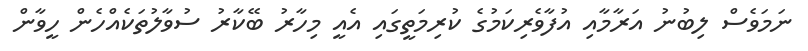
ނަމަވެސް ލިބުނު އަރާމާއި އުފާވެރިކަމުގެ ކުރިމަތީގައި އެއީ މިހާރު ބޭކާރު ސުވާލުތަކެއްހެން ހީވާން